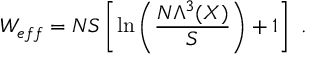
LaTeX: { \cal W } _ { \small { e f f } } = N S \left[ \ln \left( \frac { N \Lambda ^ { 3 } ( { \cal X } ) } { S } \right) + 1 \right] ~ .